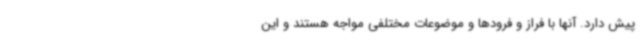
پیش دارد. آنها با فراز و فرودها و موضوعات مختلفی مواجه هستند و این